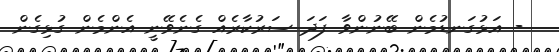
- އަޅުގަނޑުމެން ބޭނުންވާ ފަދަ ސަރުކާރެއް ގެނެވޭނީ އެންމެން ގުޅިގެން